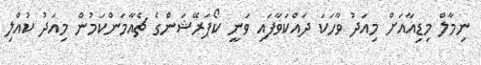
ނިމާލް މިޑިއާއަށް މިއަދު ވާހަކަ ދައްކަވާފައި ވަނީ ކޯޕަރޭޝަންގެ ޗެއާމަންކަމުން މިއަދު ކުއްލި